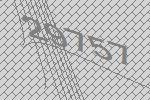
29757